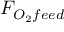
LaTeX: F _ { O _ { 2 } f e e d }